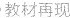
教材再现